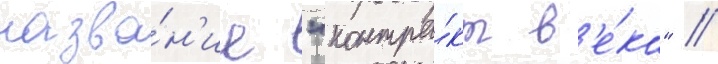
назва́н'ие "контра́кт в'е́ка" //